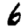
Digit: 6